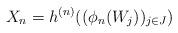
LaTeX: \begin{align*} X_n = h^{(n)}((\phi_n(W_j))_{j \in J})\end{align*}